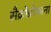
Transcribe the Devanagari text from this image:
सैक्रोप्रोफाना